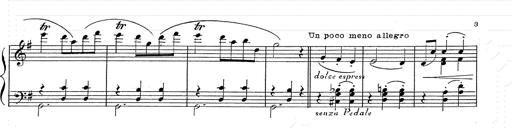
Title: 6 Polish Songs
Composer: Franz Liszt